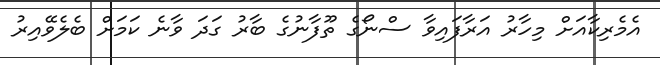
އެމެރިކާއަށް މިހާރު އަރާފައިވާ ސްނޯގެ ތޫފާނުގެ ބާރު ގަދަ ވާނެ ކަމަށް ބެލެވޭއިރު